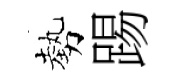
勢踢